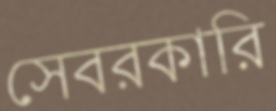
সেবরকারি